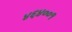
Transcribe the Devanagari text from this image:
४६४००१